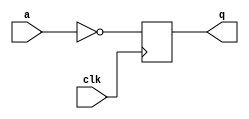
module top_module (
    input clk,
    input a,
    output q );

always @(posedge clk) begin

q <= ~a;

end

endmodule